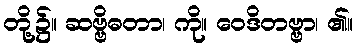
တို့၌။ ဆဗ္ဗိဓတာ၊ ကို။ ဝေဒိတဗ္ဗာ၊ ၏။